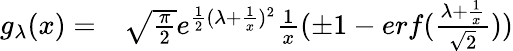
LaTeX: \begin{array}{rl}{g_{\lambda}(x)=}&{{}\sqrt{\frac{\pi}{2}}e^{\frac{1}{2}(\lambda+\frac{1}{x})^{2}}\frac{1}{x}(\pm 1-erf(\frac{\lambda+\frac{1}{x}}{\sqrt{2}}))}\end{array}